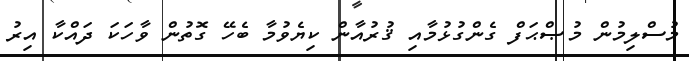
މުސްލިމުން މުޞްޙަފް ގެންގުޅުމާއި ޤުރުއާން ކިޔެވުމާ ބެހޭ ގޮތުން ވާހަކަ ދައްކާ އިރު